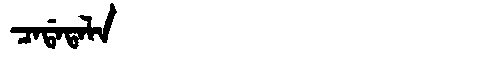
Manchu: ᠴᠠᡩᠠᡨᠠᠯᠠ
Romanization: CADATALA